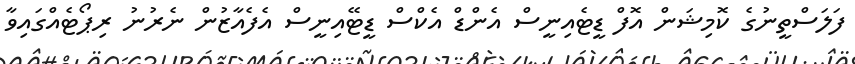
ފަލަސްތީނުގެ ކޮމިޝަން އޮފް ޑީޓެއިނީސް އެންޑް އެކްސް ޑީޓޭއިނީސް އެފެއާޒުން ނެރުނު ރިޕޯޓެއްގައިވާ